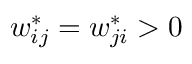
w _ { i j } ^ { * } = w _ { j i } ^ { * } > 0